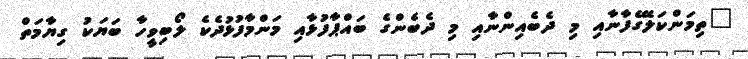
"ތިމަންކަލޭގެފާނާއި މި ދެބެއިންނާއި މި ދެބެންގެ ބައްޕާފުޅާއި މަންމާފުޅުދެކެ ލޯބިވީހާ ބަޔަކު ގިިޔާމަތް